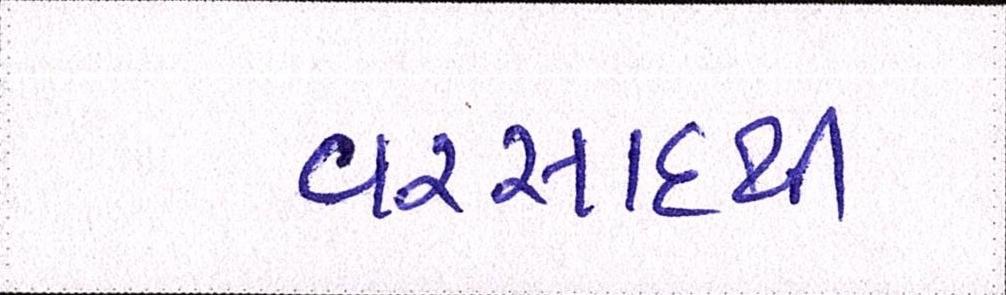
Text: વરસાદથી